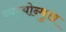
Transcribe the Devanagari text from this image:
व्यंग्योन्मुख